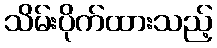
သိမ်းပိုက်ထားသည့်